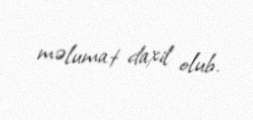
məlumat daxil olub.